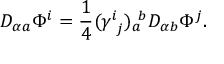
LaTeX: D _ { \alpha a } \Phi ^ { i } = { \frac { 1 } { 4 } } ( \gamma _ { \ j } ^ { i } ) _ { a } ^ { \ b } D _ { \alpha b } \Phi ^ { j } .